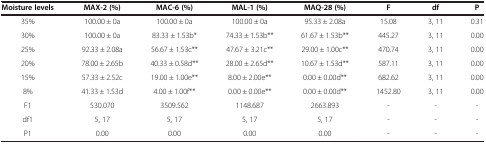
| Moisture levels | MAX-2 (%) | MAC-6 (%) | MAL-1 (%) | MAQ-28 (%) | F | df | P |
 | --- | --- | --- | --- | --- | --- | --- | --- |
 | 35% | 100.00?±?0a | 100.00?±?0a | 100.00?±?0a | 95.33?±?2.08a | 15.08 | 3, 11 | 0.31 |
 | 30% | 100.00?±?0a | 83.33?±?1.53b* | 74.33?±?1.53b** | 61.67?±?1.53b** | 445.27 | 3, 11 | 0.00 |
 | 25% | 92.33?±?2.08a | 56.67?±?1.53c** | 47.67?±?3.21c** | 29.00?±?1.00c** | 470.74 | 3, 11 | 0.00 |
 | 20% | 78.00?±?2.65b | 40.33?±?0.58d** | 28.00?±?2.65d** | 10.67?±?1.53d** | 587.11 | 3, 11 | 0.00 |
 | 15% | 57.33?±?2.52c | 19.00?±?1.00e** | 8.00?±?2.00e** | 0.00?±?0.00d** | 682.62 | 3, 11 | 0.00 |
 | 8% | 41.33?±?1.53d | 4.00?±?1.00f** | 0.00?±?0.00e** | 0.00?±?0.00d** | 1452.80 | 3, 11 | 0.00 |
 | F1 | 530.070 | 3509.562 | 1148.687 | 2663.893 | - | - | - |
 | df1 | 5, 17 | 5, 17 | 5, 17 | 5, 17 | - | - | - |
 | P1 | 0.00 | 0.00 | 0.00 | 0.00 | - | - | - |